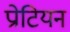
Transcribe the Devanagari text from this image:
प्रोटियन